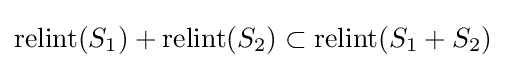
\mathrm {relint} (S_{1})+\mathrm {relint} (S_{2})\subset \mathrm {relint} (S_{1}+S_{2})